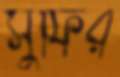
সুফির